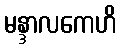
မန္ဒာလကေဟိ